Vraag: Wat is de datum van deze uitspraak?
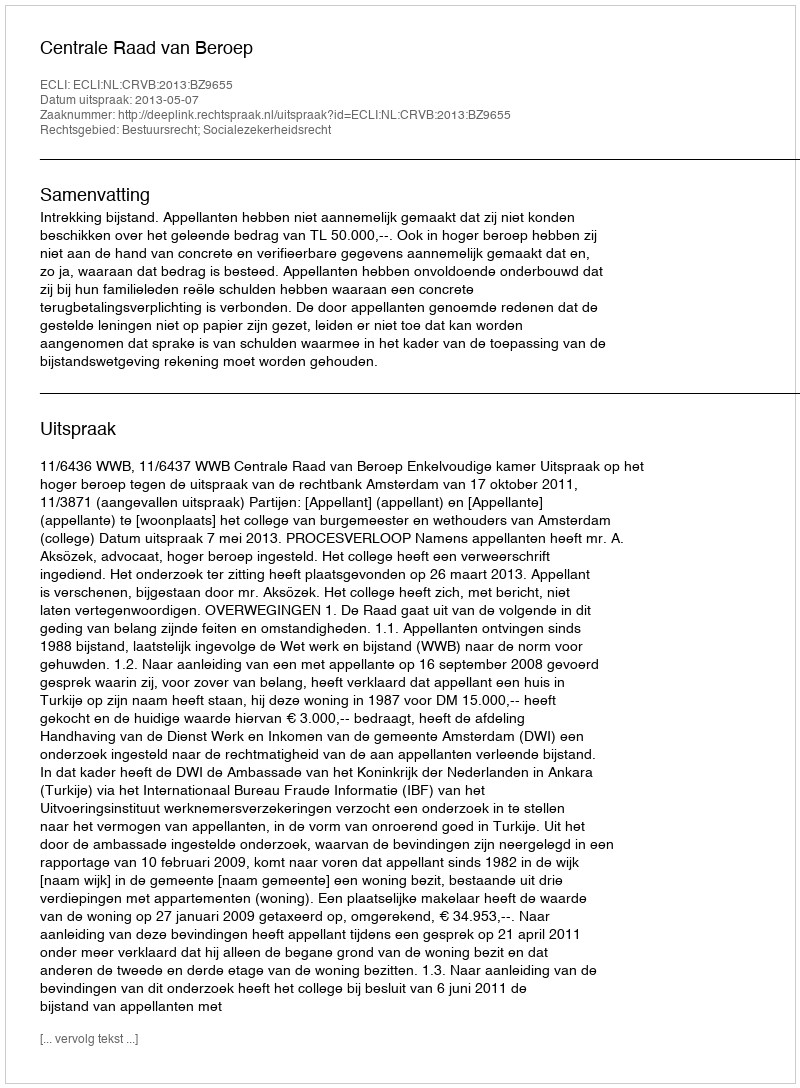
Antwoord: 2013-05-07